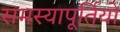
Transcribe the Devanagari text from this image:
समस्यापूर्तियों